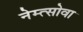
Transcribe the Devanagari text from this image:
नेम्त्सोवा